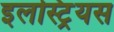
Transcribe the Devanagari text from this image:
इलस्ट्रियस